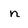
Character: n